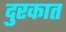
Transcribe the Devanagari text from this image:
दुरकात